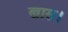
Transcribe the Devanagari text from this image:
खास।